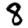
Digit: 8